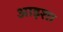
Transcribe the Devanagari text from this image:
आइशा